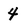
Character: 4